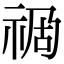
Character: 𥙯